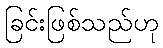
ခြင်းဖြစ်သည်ဟု